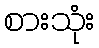
စားသုံး